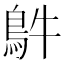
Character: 𩿓